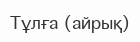
Тұлға (айрық)